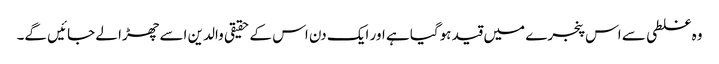
وہ غلطی سے اس پنجرے میں قید ہوگیا ہے اور ایک دن اس کے حقیقی والدین اسے چھڑا لے جائیں گے۔